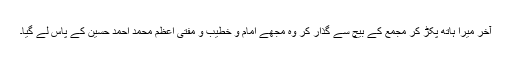
آخر میرا ہاتھ پکڑ کر مجمع کے بیچ سے گذار کر وہ مجھے امام و خطیب و مفتی اعظم محمد احمد حسین کے پاس لے گیا۔